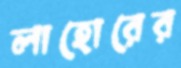
লাহোরের